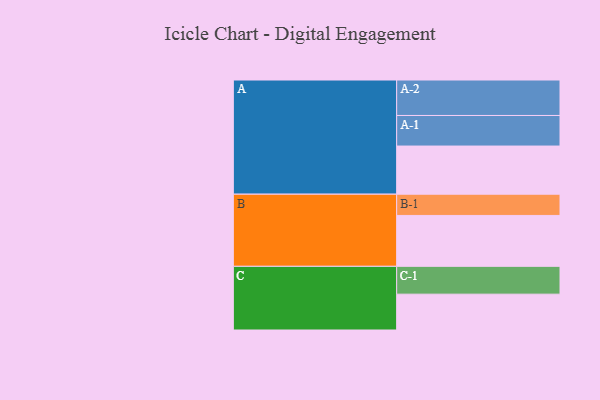
{"axis": {"x": "Segment", "y": "Value"}, "legend": ["", "A", "B", "C"], "data": [{"x": "A", "y": 403, "type": ""}, {"x": "B", "y": 426, "type": ""}, {"x": "C", "y": 300, "type": ""}, {"x": "A-1", "y": 256, "type": "A"}, {"x": "A-2", "y": 297, "type": "A"}, {"x": "B-1", "y": 178, "type": "B"}, {"x": "C-1", "y": 233, "type": "C"}]}